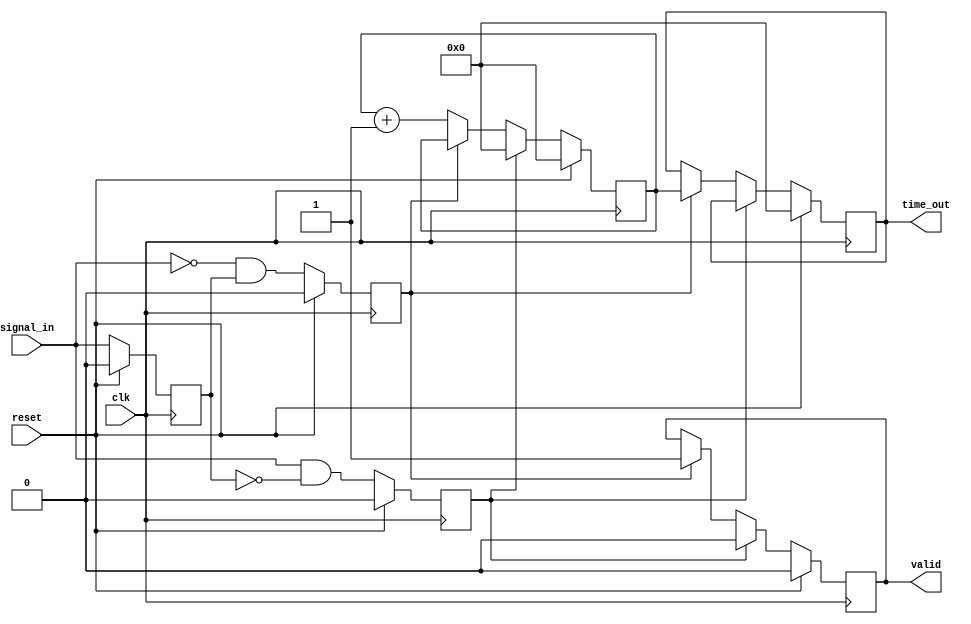
module TDC (
    input wire clk,              // System clock
    input wire reset,            // Asynchronous reset
    input wire signal_in,        // Input signal to measure
    output reg [31:0] time_out,  // Time measurement output
    output reg valid             // Indicates valid measurement
);

// Parameters
parameter CLK_DIV = 20; // Clock division factor for simulation purposes

// Internal signals
reg [31:0] counter;         // Time counter
reg signal_in_d;            // Delayed input signal
reg start_event, stop_event; // Start and stop events

// Clock Generation (for simulation purpose)
reg clk_gen;
always begin
    #5 clk_gen = ~clk_gen; // 100 MHz clock
end

// Edge Detection Logic
always @(posedge clk) begin
    if (reset) begin
        signal_in_d <= 0;
    end else begin
        signal_in_d <= signal_in;
    end
end

// Start and Stop Event Detection
always @(posedge clk) begin
    if (reset) begin
        start_event <= 0;
        stop_event <= 0;
    end else begin
        start_event <= (signal_in & ~signal_in_d); // Rising edge
        stop_event <= (~signal_in & signal_in_d); // Falling edge
    end
end

// Time Measurement Unit
always @(posedge clk) begin
    if (reset) begin
        counter <= 0;
        time_out <= 0;
        valid <= 0;
    end else if (start_event) begin
        counter <= 0; // Reset counter on start
        valid <= 0;   // Reset valid flag
    end else if (stop_event) begin
        time_out <= counter; // Capture time on stop
        valid <= 1;          // Set valid flag
    end else begin
        counter <= counter + 1; // Increment counter
    end
end

endmodule